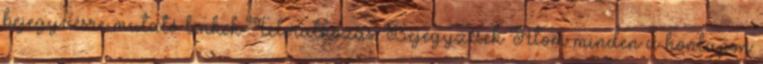
bejegyzésre mutató linkek Feliratkozás: Bejegyzések Atom minden a honlapon